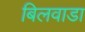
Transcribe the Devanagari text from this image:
बिलवाडा